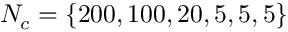
N _ { c } = \{ 2 0 0 , 1 0 0 , 2 0 , 5 , 5 , 5 \}